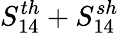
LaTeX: S_{14}^{th}+S_{14}^{sh}